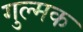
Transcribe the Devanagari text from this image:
गुल्मक